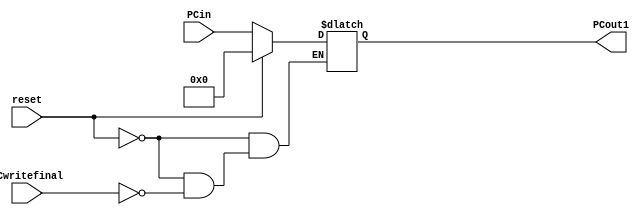

//had PC been a register, the simultaneous change of input and clk would have given the wrong output, hence the latch first, register next.

module PC_latch(input [15:0] PCin,input PCwritefinal,input reset,output reg [15:0] PCout1);  
always @(PCwritefinal,reset,PCin) begin
    if(reset == 1'b1) PCout1 = 16'd0;
    else if(PCwritefinal == 1'b1) PCout1 = PCin;
end
endmodule

module PC_reg(input clk,input [15:0] PCout1,output reg [15:0] PCout2);
always @(posedge clk) begin
    PCout2 = PCout1;
end
endmodule
 

module Instruction_memory(
    input [15:0] PCout2,
    output [15:0] Instruction
    );
    
    reg [7:0] storage [0:65535];  //64kB of Instruction Memory
    
    initial begin
        $readmemh("/home/v/Documents/FPGA/OurProcessorRISCKY/InstructionMemory.dat",storage);   //initializing storage from InstructionMemory.dat, written in a way that register bank will self populate  
    end
    
    assign Instruction[15:0] = {storage[PCout2 + 1],storage[PCout2] };  //reading instruction from appropriate address of storage
    
endmodule

module IR(
    input [15:0] Instruction,
    input IR_write,
    output [3:0] out_15_12,
    output [3:0] out_11_8,
    output [3:0] out_7_4,
    output [3:0] out_3_0
    );
    
    reg [15:0] Instruction_reg;
    
    always@(IR_write) begin  //Same reason as PC to define IR as a latch(more like a combinational circuit), with IR_write as enable.
    if(IR_write == 1'b1)
        Instruction_reg = Instruction ;
    end

    assign out_15_12 = Instruction_reg[15:12];
    assign out_11_8 = Instruction_reg[11:8];
    assign out_7_4 = Instruction_reg[7:4];
    assign out_3_0 = Instruction_reg[3:0];
    
    
endmodule
  
  
/*module main_tb();

reg rst_tb;
reg clk_tb;
reg PCwritefinal;
reg IRwrite;
wire [3:0] out_15_12_tb;
wire [3:0] out_11_8_tb;
wire[3:0] out_7_4_tb;
wire [3:0] out_3_0_tb;

IF_circuit md( clk_tb ,rst_tb ,PCwritefinal, IRwrite, out_15_12_tb , out_11_8_tb , out_7_4_tb , out_3_0_tb );


initial 
clk_tb = 1'b0;

always
begin
#5 clk_tb =~ clk_tb;
end

initial begin
    $dumpfile("IF_test.vcd");
    $dumpvars(0,main_tb);
    rst_tb = 1'b1;PCwritefinal = 1'b0; IRwrite = 1'b0;
    #2 rst_tb = 1'b0;
    #3 PCwritefinal = 1'b1; IRwrite = 1'b1;
    #5 PCwritefinal = 1'b0; IRwrite = 1'b0;
    #10 $finish;
end
endmodule     
    */